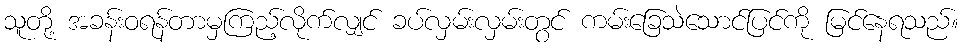
သူတို့ အခန်းဝရန်တာမှကြည့်လိုက်လျှင် ခပ်လှမ်းလှမ်းတွင် ကမ်းခြေသဲသောင်ပြင်ကို မြင်နေရသည်။